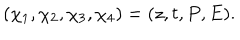
\left( \chi _ { 1 } , \chi _ { 2 } , \chi _ { 3 } , \chi _ { 4 } \right) = ( z , t , P , E ) .